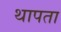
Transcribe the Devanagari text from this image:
थापता